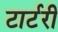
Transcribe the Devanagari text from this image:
टार्टरी